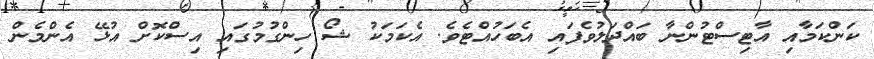
ކަންކަމާއި އާޓިސްޓުންނާ ބައްދަލުވެފައި އެބަހުއްޓެވެ. އެކަމަކު ޝޯ ހިންގުމުގައި އިސްކޮށް އުޅޭ އެންމެން